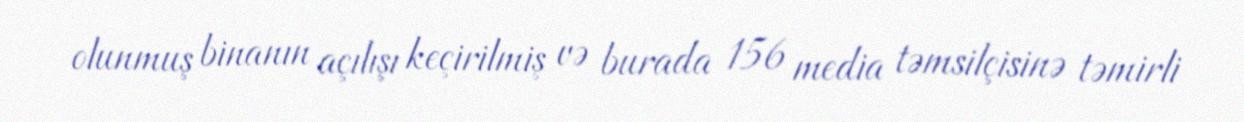
olunmuş binanın açılışı keçirilmiş və burada 156 media təmsilçisinə təmirli